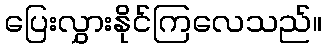
ပြေးလွှားနိုင်ကြလေသည်။